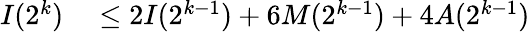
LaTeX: \begin{array}{rl}{I(2^{k})}&{{}\leq 2I(2^{k-1})+6M(2^{k-1})+4A(2^{k-1})}\end{array}